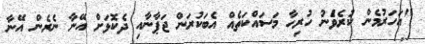
"އަހަރުމެން ކުރެވެުނު ހުރިހާ މަސައްކަތެއް އެބަކުރަން ޖަޕާނާއި ދެކޮޅަށް އޭނާ ނެރެން އޭނާ